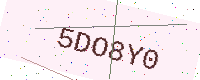
Text: 5DO8Y0